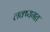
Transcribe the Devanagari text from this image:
लक्ष्यगत